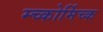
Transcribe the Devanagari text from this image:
म्च्कोर्मिच्क